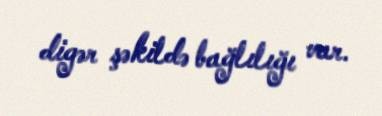
digər şəkildə bağlılığı var.